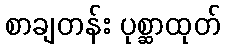
စာချတန်း ပုစ္ဆာထုတ်